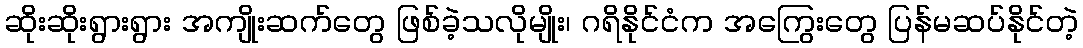
ဆိုးဆိုးရွားရွား အကျိုးဆက်တွေ ဖြစ်ခဲ့သလိုမျိုး၊ ဂရိနိုင်ငံက အကြွေးတွေ ပြန်မဆပ်နိုင်တဲ့